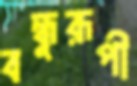
বন্ধুরূপী